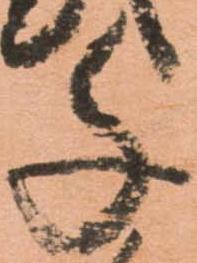
千